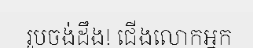
រូបចង់ដឹង! ជើងលោកអ្នក